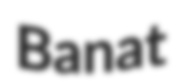
Banat